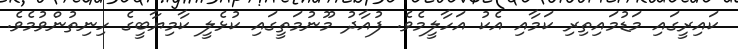
ކައިރީގައި މަޑުމައިތިރި ކަމާއި އެކު އަހާލީމެވެ. ފުއާދު މޫނުމަތީގައި ކުޅެލީ ކާމިޔާބީގެ ހިނިތުންވުމެވެ.